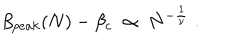
\beta _ { p e a k } ( N ) - \beta _ { c } \; \propto \; N ^ { - { \frac { 1 } { \nu } } } \; .